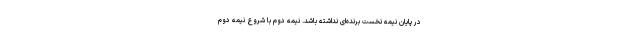
در پایان نیمه نخست برنده‌ای نداشته باشد. نیمه دوم با شروع نیمه دوم